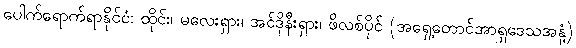
ပေါက်ရောက်ရာနိုင်ငံ: ထိုင်း၊ မလေးရှား၊ အင်ဒိုနီးရှား၊ ဖိလစ်ပိုင် (အရှေ့တောင်အာရှဒေသအနှံ့)